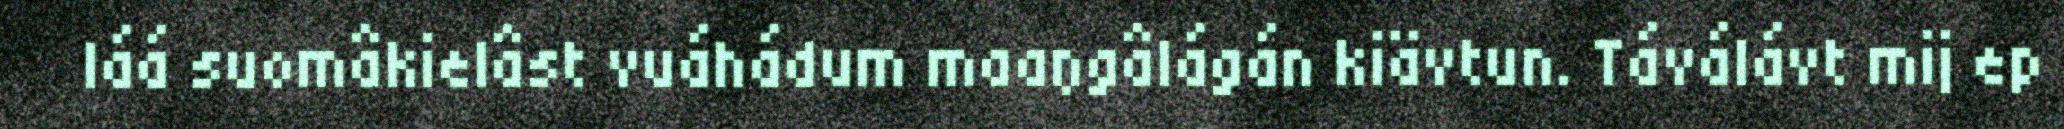
láá suomâkielâst vuáhádum maaŋgâlágán kiävtun. Táválávt mij ep